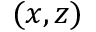
( x , z )